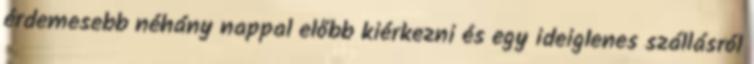
érdemesebb néhány nappal előbb kiérkezni és egy ideiglenes szállásról